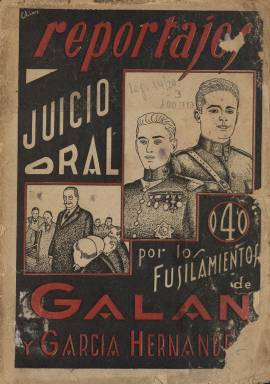
Título: Reportajes (Barcelona)
Otros títulos: Juicio oral por los fusilamientos de Galán y García Hernández || Título de la anteportada: Proceso por los fusilamientos de Fermín Galán y García Hernández, n. 1 || Indalecio Prieto, de vendedor de periódicos a ministro de la República
Colección: Historia
Ámbito geográfico: Barcelona
Lugar de publicación: Barcelona
Fechas: 01/01/1935-31/12/1935

Revista quincenal, indica el subtítulo de esta publicación, dirigida por el periodista y editor anarquista aragonés Fernando Pintado. La colección de este título en la Biblioteca Nacional de España (BNE) la integran dos entregas seriadas, pero sin indicación de fecha, aunque, con toda probabilidad corresponden al año 1935.

El primer número está dedicado íntegramente a la “Vista de la causa por los fusilamientos” de los capitanes Fermín Galán Rodríguez (1899-1930) y Ángel García Hernández (1900-1930), protagonistas de la sublevación de Jaca contra la monarquía, abierta el seis de mayo de 1935 en el Tribunal Supremo. Se trata de una “sencilla información, sin comentarios” de cuanto se había “dicho y leído” sobre esta causa celebrada en Madrid “para depurar las responsabilidades” por ambos fusilamientos, se dice al comienzo del “reportaje”.

El segundo número, contiene, además de un “reportaje biográfico” sobre Indalecio Prieto, “de vendedor de periódicos a ministro de la República”, una serie de textos de Virgilio de la Pascua, sobre Ramón González Peña; del propio Pintado, sobre Roberto Castrovido; de Ricardo Fuente, sobre El último borbón francés; y los textos de Emilio Zola, bajo el epígrafe ¡Sin trabajo!, y de F. Pi y Arsuaga, titulado El cuervo.

Son entregas de 36 páginas cada una, compuestas a dos columnas y con cubierta ilustrada con tinta de color. En la primera con dibujos de Galán y García Hernández, y en la segunda, de Prieto. Ambas son estampadas en Barcelona por los impresores Polonio & Margelí.

Pintado ya había dirigido en Barcelona, junto a Ángel Samblancat, el periódico Los Miserables (1913-1918), y fundado y dirigido La Tarde (1920-1921). Seguidamente, había impulsado en Madrid la editorial Prensa Roja y la colección semanal La Novela Roja (1922-1923), con relatos, breves piezas teatrales, ensayos o reportajes de temática social, y la revista o colección biográfica Siluetas (1923-1924); y a partir de 1927, en Barcelona, Ediciones de La Rambla.

En siguientes números de Reportajes, tenía previsto publicar amplia información sobre el suministro de agua potable y el canal proyectado en la ciudad de Barcelona, y probablemente otros reportajes biográficos sobre Lenin, Trotsky, Pestaña y la “vida revolucionaria” de Blasco Ibáñez, escrita por Emilio Mistral.

Así mismo, en esta publicación daba cuenta de la salida cada jueves de otras entregas de la colección La Novela Roja, como Germinal, “original del apóstol del proletariado”, Federico Urales, y la titulada Delatores, “original del prestigioso escritor” Valentín de Pedro, con una portada “maravillosa del genial Elías”, cuyos pedidos podían hacerse en Publicaciones Pedraza, cuya sede en Barcelona –calle Arrepentidas, 7– era la misma que la de la revista Reportajes.

Durante la guerra civil, Fernando Pintado sería redactor del periódico anarquista Solidaridad obrera; en 1937, presidente del Sindicato de Periodistas de la CNT, y un año después presidirá el Ateneo Profesional de Periodistas de Barcelona. En febrero de 1939, se encontraría en un campo de concentración cerca de Perpiñán, quedando como exiliado en Toulouse, desde donde escribirá algunas obras.

[Descripción modificada el 04/03/2020]